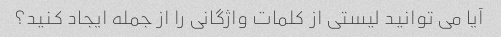
آیا می توانید لیستی از کلمات واژگانی را از جمله ایجاد کنید؟